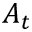
A _ { t }